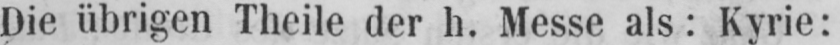
Die übrigen Theile der h. Messe als: Kyrie: